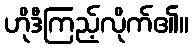
ဟိုဒီကြည့်လိုက်၏။